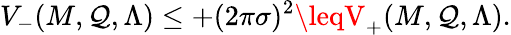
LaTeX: V_{-}(M,\mathcal{Q},\Lambda)\leq+(2\pi\sigma)^{2}\leqV_{+}(M,\mathcal{Q},\Lambda).